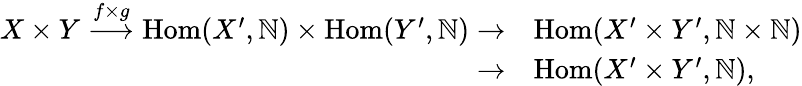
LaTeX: \begin{array}{rl}{X\times Y\stackrel{f\times g}\longrightarrow\mathrm{Hom}(X^{\prime},{\mathbb N})\times\mathrm{Hom}(Y^{\prime},{\mathbb N})\rightarrow}&{\mathrm{Hom}(X^{\prime}\times Y^{\prime},{\mathbb N}\times{\mathbb N})}\\ {\rightarrow}&{\mathrm{Hom}(X^{\prime}\times Y^{\prime},{\mathbb N}),}\end{array}